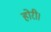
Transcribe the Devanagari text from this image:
होरी।